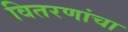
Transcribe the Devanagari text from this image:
वितरणांचा